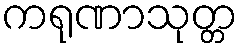
ကရုဏာသုတ္တ